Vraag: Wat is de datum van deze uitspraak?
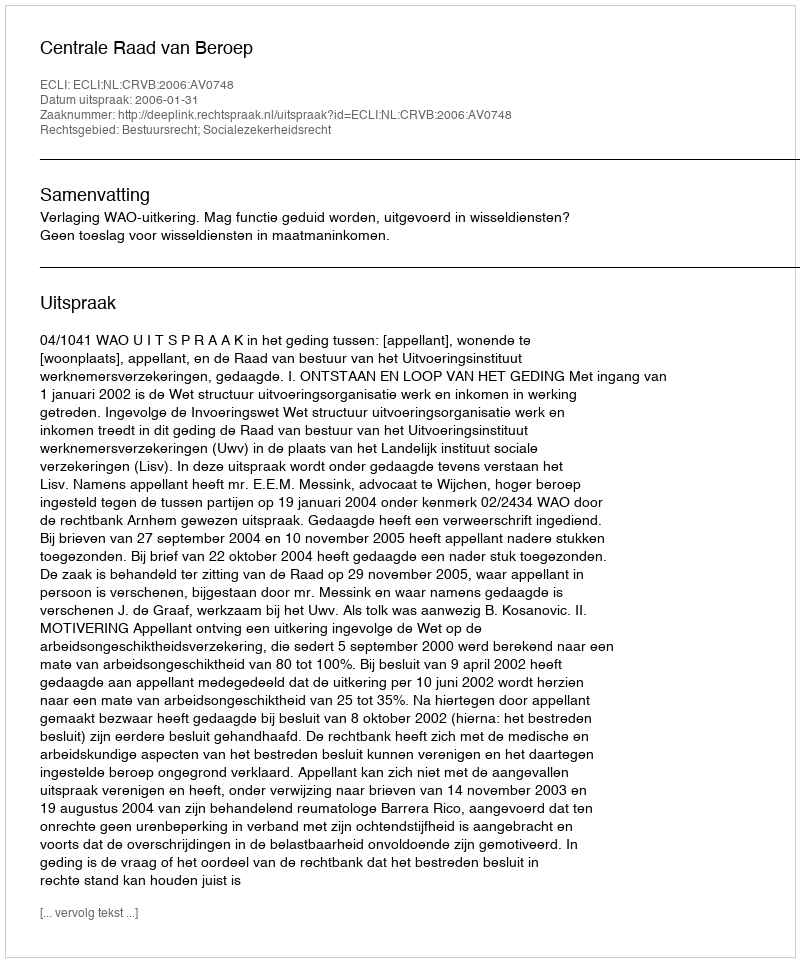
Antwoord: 2006-01-31